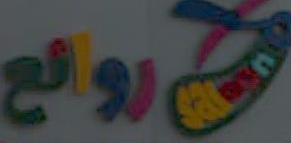
فروع